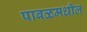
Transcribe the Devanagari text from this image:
पाबळमधील